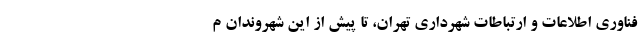
فناوری اطلاعات و ارتباطات شهرداری تهران، تا پیش از این شهروندان م